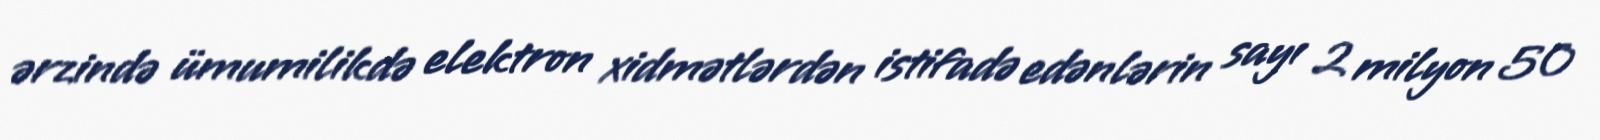
ərzində ümumilikdə elektron xidmətlərdən istifadə edənlərin sayı 2 milyon 50